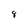
Character: 8